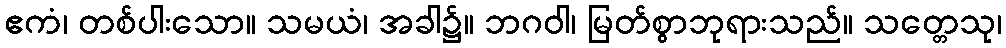
ဧကံ၊ တစ်ပါးသော။ သမယံ၊ အခါ၌။ ဘဂဝါ၊ မြတ်စွာဘုရားသည်။ သတ္တေသု၊